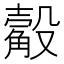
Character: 觳